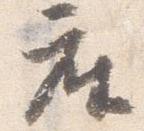
座